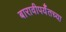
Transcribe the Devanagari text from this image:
बारावीपर्यँतच्या